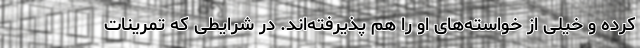
کرده و خیلی از خواسته‌های او را هم پذیرفته‌اند. در شرایطی که تمرینات